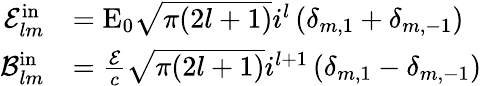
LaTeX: \begin{array}{rl}{\mathcal{E}_{lm}^{\mathrm{in}}}&{=\mathrm{E}_{0}\sqrt{\pi(2l+1)}i^{l}\left(\delta_{m,1}+\delta_{m,-1}\right)}\\ {\mathcal{B}_{lm}^{\mathrm{in}}}&{=\frac{\mathcal{E}}{c}\sqrt{\pi(2l+1)}i^{l+1}\left(\delta_{m,1}-\delta_{m,-1}\right)}\end{array}